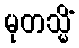
မုတသ္မိံ